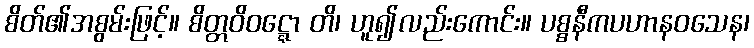
စိတ်၏အစွမ်းဖြင့်။ စိတ္တဝိဝဋ္ဋော တိ၊ ဟူ၍လည်းကောင်း။ ပစ္စနီကပဟာနဝသေန၊